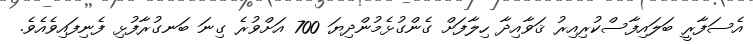
އެސަފާރީ ބަލައިފާސްކުރިއިރު ޤަވާއިދާ ހިލާފަށް ގެންގުޅެމުންދިޔަ 700 އަށްވުރެ ގިނަ ބަނގުރާފުޅި ފެނިފައިވެއެވެ.